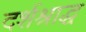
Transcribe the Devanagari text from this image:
दर्शश्राद्ध